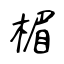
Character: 楣